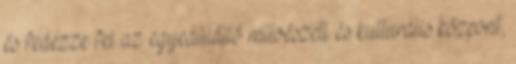
és fedezze fel az egyedülálló művészeti és kulturális központ,